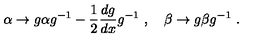
\alpha \to g \alpha g ^ { - 1 } - \frac 1 2 \frac { d g } { d x } g ^ { - 1 } \ , \quad \beta \to g \beta g ^ { - 1 } \ .